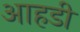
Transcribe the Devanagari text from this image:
आहडी